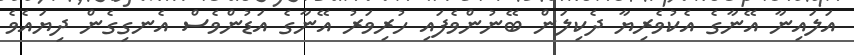
އަލައިނާ އޭނާގެ އެކުވެރިޔާ ދެކިލަން ބޭނުންވެފައި ހުރިވަރު އޭނާގެ އަޑުންވެސް އެނގިގެން ދިޔައެވެ